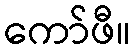
ကော်ဖီ။